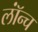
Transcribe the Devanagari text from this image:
लॉंन्च